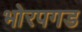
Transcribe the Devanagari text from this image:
भोरपगड